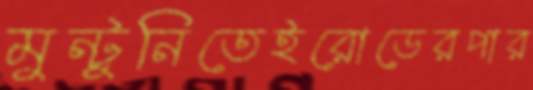
মুন্টুনিতেইরোডেরপার